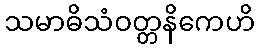
သမာဓိသံဝတ္တနိကေဟိ